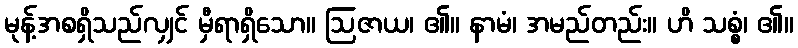
မုန့်အစရှိသည်လျှင် မှီရာရှိသော။ ဩဇာယ၊ ၏။ နာမံ၊ အမည်တည်း။ ဟိ သစ္စံ၊ ၏။